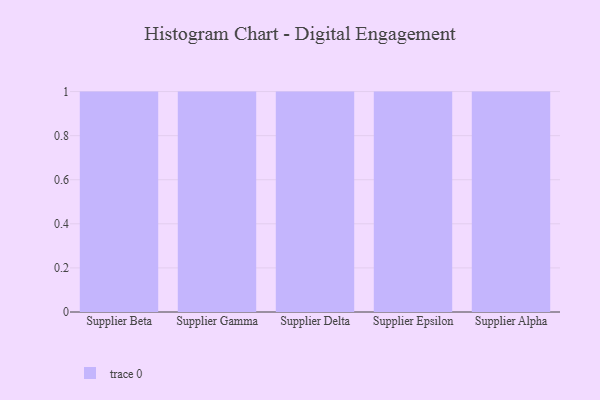
{"axis": {"x": "Supplier", "y": "Inventory Turnover"}, "legend": [""], "data": [{"x": "Supplier Beta", "y": 46, "type": ""}, {"x": "Supplier Gamma", "y": 80, "type": ""}, {"x": "Supplier Delta", "y": 46, "type": ""}, {"x": "Supplier Epsilon", "y": 80, "type": ""}, {"x": "Supplier Alpha", "y": 11, "type": ""}]}